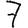
Digit: 7